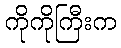
ကိုကိုကြီးက